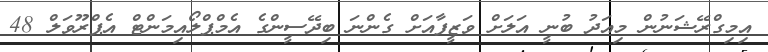
އިމިގްރޭޝަނުން މިއަދު ބުނީ އަލަށް ވަޒީފާއަށް ގެންނަ ބިދޭސީންގެ އެމްޕްލޯއިމަންޓް އެޕްރޫވަލް 48